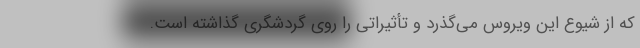
که از شیوع این ویروس می‌گذرد و تأثیراتی را روی گردشگری گذاشته است.